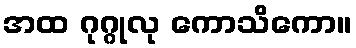
အထ ဂုဂ္ဂုလု ကောသိကော။